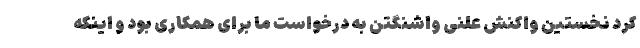
کرد نخستین واکنش علنی واشنگتن به درخواست ما برای همکاری بود و اینکه